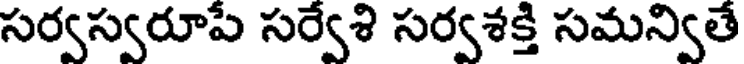
సర్వస్వరూపే సర్వేశి సర్వశక్తి సమన్వితే